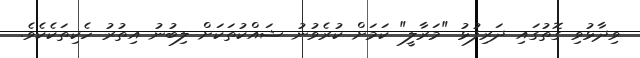
ވިދާޅުވި ގޮތުގައި ދަރިފުޅު "މަރާލީ" ކަމަށް ކުރެވުނު ޝައްކުތަކަށް ލިބުނު އިތުރު ހެކިތަކެކެވެ.